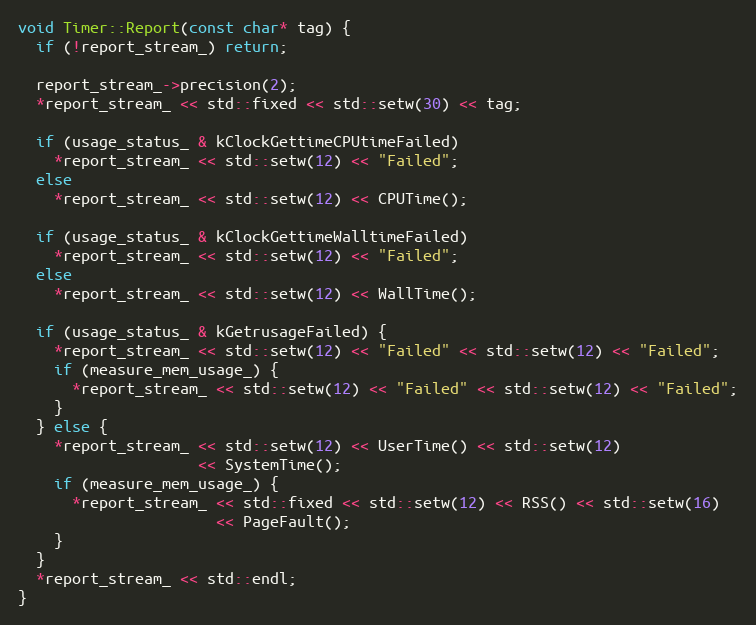
Language: C++
void Timer::Report(const char* tag) {
  if (!report_stream_) return;

  report_stream_->precision(2);
  *report_stream_ << std::fixed << std::setw(30) << tag;

  if (usage_status_ & kClockGettimeCPUtimeFailed)
    *report_stream_ << std::setw(12) << "Failed";
  else
    *report_stream_ << std::setw(12) << CPUTime();

  if (usage_status_ & kClockGettimeWalltimeFailed)
    *report_stream_ << std::setw(12) << "Failed";
  else
    *report_stream_ << std::setw(12) << WallTime();

  if (usage_status_ & kGetrusageFailed) {
    *report_stream_ << std::setw(12) << "Failed" << std::setw(12) << "Failed";
    if (measure_mem_usage_) {
      *report_stream_ << std::setw(12) << "Failed" << std::setw(12) << "Failed";
    }
  } else {
    *report_stream_ << std::setw(12) << UserTime() << std::setw(12)
                    << SystemTime();
    if (measure_mem_usage_) {
      *report_stream_ << std::fixed << std::setw(12) << RSS() << std::setw(16)
                      << PageFault();
    }
  }
  *report_stream_ << std::endl;
}